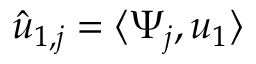
\hat { u } _ { 1 , j } = \langle \Psi _ { j } , u _ { 1 } \rangle